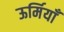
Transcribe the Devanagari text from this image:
ऊर्मियाँ